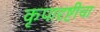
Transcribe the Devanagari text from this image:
कृपादृष्टीचा